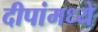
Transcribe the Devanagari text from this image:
दीपांमध्ये